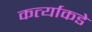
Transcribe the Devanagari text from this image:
कर्त्याकडे